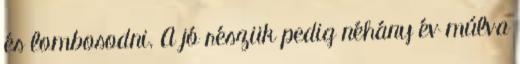
és lombosodni. A jó részük pedig néhány év múlva